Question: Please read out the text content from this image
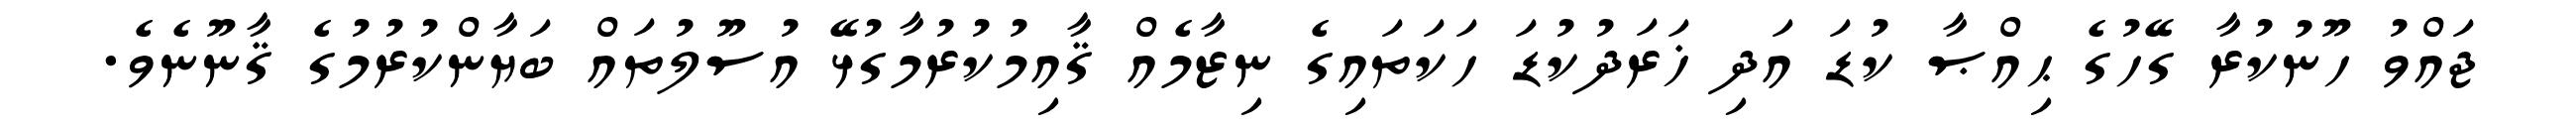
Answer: ޖައްވު ހޫނުކުރާ ގޭހުގެ ޙިއްޞާ ކުޑަ އަދި ޚަރަދުކުޑަ ހަކަތައިގެ ނިޒާމެއް ޤާއިމުކުރުމާގުޅޭ އުސޫލުތައް ބަޔާންކުރުމުގެ ޤާނޫނެވެ.